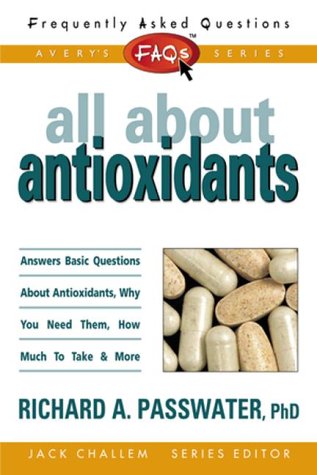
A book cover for All About Antioxidants; Richard A. Passwater; Health, Fitness & Dieting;